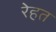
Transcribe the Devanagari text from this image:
रेहत